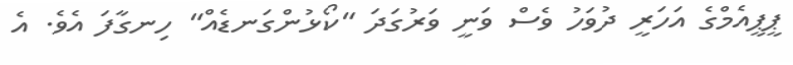
ޕީޕީއެމްގެ އަހަރީ ދުވަހު ވެސް ވަނީ ވަރުގަދަ "ކޯޅުންގަނޑެއް" ހިނގާފަ އެވެ. އެ